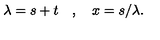
\lambda = s + t \quad , \quad x = s / \lambda .